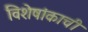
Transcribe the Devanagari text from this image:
विशेषांकाची